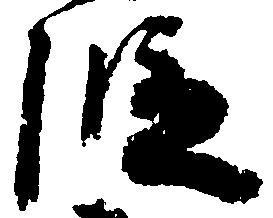
段